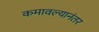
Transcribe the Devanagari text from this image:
कमावल्यानंतर